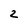
Character: z